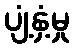
ပျံ့နှံ့မှု